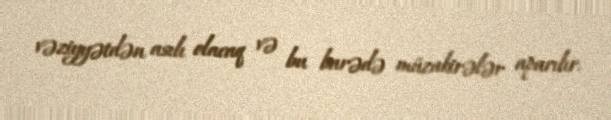
vəziyyətdən asılı olacaq və bu barədə müzakirələr aparılır.